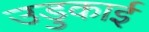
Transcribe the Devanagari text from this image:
उडुकाई